Insane asylums in Bengal annual reports 1867-1875 - 1867-1875
Year: 1867
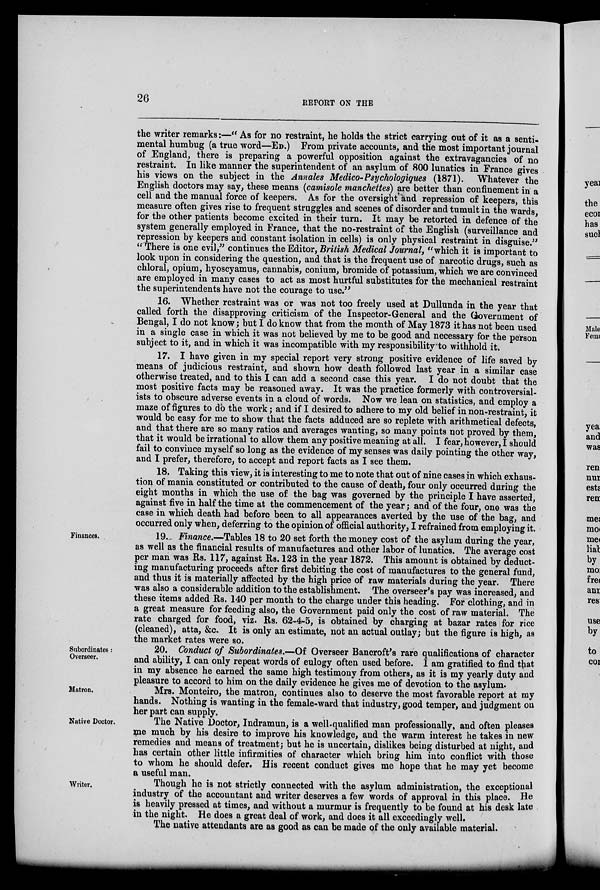
26
REPORT ON THE
the writer remarks:—" As for no restraint, he holds the strict carrying out of it as a senti-
mental humbug (a true word—ED.) From private accounts, and the most important journal
of England, there is preparing a powerful opposition against the extravagancies of no
restraint. In like manner the superintendent of an asylum of 800 lunatics in France gives
his views on the subject in the Annales Medico-Psychologiques (1871). Whatever the
English doctors may say, these means (camisole manchettes) are better than confinement in a
cell and the manual force of keepers. As for the oversight and repression of keepers, this
measure often gives rise to frequent struggles and scenes of disorder and tumult in the wards,
for the other patients become excited in their turn. It may be retorted in defence of the
system generally employed in France, that the no-restraint of the English (surveillance and
repression by keepers and constant isolation in cells) is only physical restraint in disguise."
"There is one evil," continues the Editor, British Medical Journal, "which it is important to
look upon in considering the question, and that is the frequent use of narcotic drugs, such as
chloral, opium, hyoscyamus, cannabis, conium, bromide of potassium, which we are convinced
are employed in many cases to act as most hurtful substitutes for the mechanical restraint
the superintendents have not the courage to use."
16. Whether restraint was or was not too freely used at Dullunda in the year that
called forth the disapproving criticism of the Inspector-General and the Government of
Bengal, I do not know; but I do know that from the month of May 1873 it has not been used
in a single case in which it was not believed by me to be good and necessary for the person
subject to it, and in which it was incompatible with my responsibility to withhold it.
17. I have given in my special report very strong positive evidence of life saved by
means of judicious restraint, and shown how death followed last year in a similar case
otherwise treated, and to this I can add a second case this year. I do not doubt that the
most positive facts may be reasoned away. It was the practice formerly with controversial-
ists to obscure adverse events in a cloud of words. Now we lean on statistics, and employ a
maze of figures to do the work; and if I desired to adhere to my old belief in non-restraint, it
would be easy for me to show that the facts adduced are so replete with arithmetical defects,
and that there are so many ratios and averages wanting, so many points not proved by them,
that it would be irrational to allow them any positive meaning at all. I fear, however, I should
fail to convince myself so long as the evidence of my senses was daily pointing the other way,
and I prefer, therefore, to accept and report facts as I see them.
18. Taking this view, it is interesting to me to note that out of nine cases in which exhaus-
tion of mania constituted or contributed to the cause of death, four only occurred during the
eight months in which the use of the bag was governed by the principle I have asserted,
against five in half the time at the commencement of the year ; and of the four, one was the
case in which death had before been to all appearances averted by the use of the bag, and
occurred only when, deferring to the opinion of official authority, I refrained from employing it.
Finances.
19. Finance.—Tables 18 to 20 set forth the money cost of the asylum during the year,
as well as the financial results of manufactures and other labor of lunatics. The average cost
per man was Rs. 117, against Rs. 123 in the year 1872. This amount is obtained by deduct-
ing manufacturing proceeds after first debiting the cost of manufactures to the general fund,
and thus it is materially affected by the high price of raw materials during the year. There
was also a considerable addition to the establishment. The overseer's pay was increased, and
these items added Rs. 140 per month to the charge under this heading. For clothing, and in
a great measure for feeding also, the Government paid only the cost of raw material. The
rate charged for food, viz. Rs. 62-4-5, is obtained by charging at bazar rates for rice
(cleaned), atta, &c. It is only an estimate, not an actual outlay; but the figure is high, as
the market rates were so.
Subordinates :
Overseer.
20. Conduct of Subordinates.—Of Overseer Bancroft's rare qualifications of character
and ability, I can only repeat words of eulogy often used before. I am gratified to find that
in my absence he earned the same high testimony from others, as it is my yearly duty and
pleasure to accord to him on the daily evidence he gives me of devotion to the asylum.
Matron.
Mrs. Monteiro, the matron, continues also to deserve the most favorable report at my
hands. Nothing is wanting in the female-ward that industry, good temper, and judgment on
her part can supply.
Native Doctor.
The Native Doctor, Indramun, is a well-qualified man professionally, and often pleases
me much by his desire to improve his knowledge, and the warm interest he takes in new
remedies and means of treatment; but he is uncertain, dislikes being disturbed at night, and
has certain other little infirmities of character which bring him into conflict with those
to whom he should defer. His recent conduct gives me hope that he may yet become
a useful man.
Writer.
Though he is not strictly connected with the asylum administration, the exceptional
industry of the accountant and writer deserves a few words of approval in this place. He
is heavily pressed at times, and without a murmur is frequently to be found at his desk late
in the night. He does a great deal of work, and does it all exceedingly well.
The native attendants are as good as can be made of the only available material.